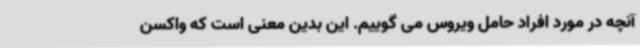
آنچه در مورد افراد حامل ویروس می گوییم. این بدین معنی است که واکسن